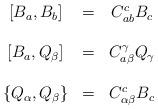
LaTeX: \begin{align*}\begin{array}{ccc}\left[ B_{a},B_{b}\right] & = & C_{ab}^{c}B_{c} \\ & & \\ \left[ B_{a},Q_{\beta }\right] & = & C_{a\beta }^{\gamma }Q_{\gamma } \\ & & \\ \left\{ Q_{\alpha },Q_{\beta }\right\} & = & C_{\alpha \beta }^{c}B_{c}\end{array}\end{align*}